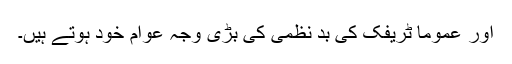
اور عموما ٹریفک کی بد نظمی کی بڑی وجہ عوام خود ہوتے ہیں۔